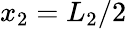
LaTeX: x_{2}=L_{2}/2